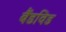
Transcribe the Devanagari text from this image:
बैंडविड